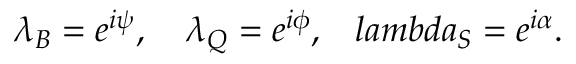
\lambda _ { B } = e ^ { i \psi } , \ \ \ \lambda _ { Q } = e ^ { i \phi } , \ \ \, l a m b d a _ { S } = e ^ { i \alpha } .